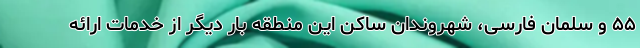
۵۵ و سلمان فارسی، شهروندان ساکن این منطقه بار دیگر از خدمات ارائه